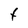
Character: f